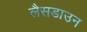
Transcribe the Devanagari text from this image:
लैसडाउन